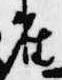
在